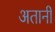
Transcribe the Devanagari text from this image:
अतानी